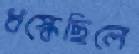
ধস্‌কেছিলে